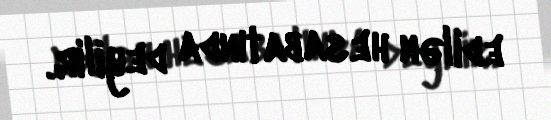
edilən hesabatında deyilir.